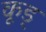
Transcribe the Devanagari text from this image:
कूड्